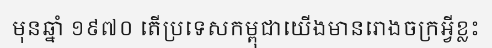
មុនឆ្នាំ ១៩៧០ តើប្រទេសកម្ពុជាយើងមានរោងចក្រអ្វីខ្លះ